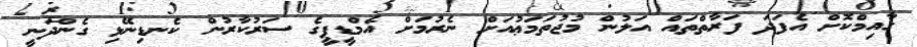
ގާއިމްކޮށް އެފަދަ ފަރާތްތައް އަލުން މުޖުތަމަޢުއަށް ނެރުމަށް އެމްޑީޕީގެ ސަރުކާރުން ކެނޑިނޭޅި ގެންދަނީ